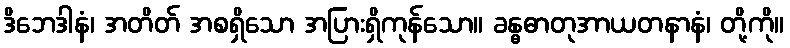
ဒိဘေဒါနံ၊ အတိတ် အစရှိသော အပြားရှိကုန်သော။ ခန္ဓဓာတုအာယတနာနံ၊ တို့ကို။